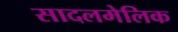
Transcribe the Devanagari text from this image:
सादलमेलिक